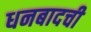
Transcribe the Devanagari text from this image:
धनबादची